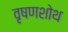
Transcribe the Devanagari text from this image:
वृषणशोथ